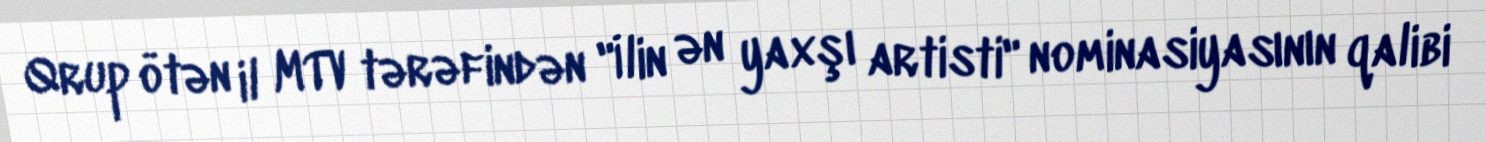
Qrup ötən il MTV tərəfindən "İlin ən yaxşı artisti" nominasiyasının qalibi